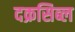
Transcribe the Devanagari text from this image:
दक्रसिब्ल